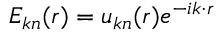
E _ { \boldsymbol { k } n } ( \boldsymbol { r } ) = u _ { \boldsymbol { k } n } ( \boldsymbol { r } ) e ^ { - i \boldsymbol { k } \cdot \boldsymbol { r } }